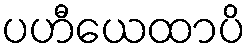
ပဟီယေထာပိ